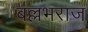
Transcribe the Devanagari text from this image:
बल्लभराज